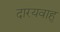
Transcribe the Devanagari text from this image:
दारयवाहु